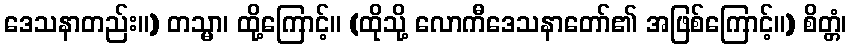
ဒေသနာတည်း။) တသ္မာ၊ ထို့ကြောင့်။ (ထိုသို့ လောကီဒေသနာတော်၏ အဖြစ်ကြောင့်။) စိတ္တံ၊